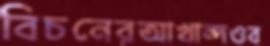
বিচনেরআখান্দওব